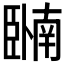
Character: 𬛩